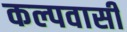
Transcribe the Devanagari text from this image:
कल्पवासी